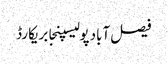
فیصل آبادپولیسپنجابریکارڈ